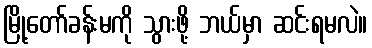
မြို့တော်ခန်းမကို သွားဖို့ ဘယ်မှာ ဆင်းရမလဲ။